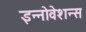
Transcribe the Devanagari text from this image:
इन्नोवेशन्स